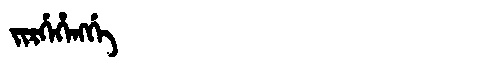
Manchu: ᠵᡳᡵᡤᡝᡥᡝᠩᡤᡝ
Romanization: JIRGEHENGGE